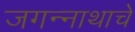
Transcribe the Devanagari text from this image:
जगन्‍नाथाचे